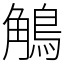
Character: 鵤